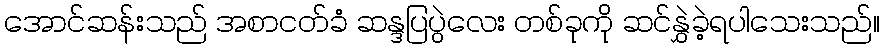
အောင်ဆန်းသည် အစာငတ်ခံ ဆန္ဒပြပွဲလေး တစ်ခုကို ဆင်နွှဲခဲ့ရပါသေးသည်။